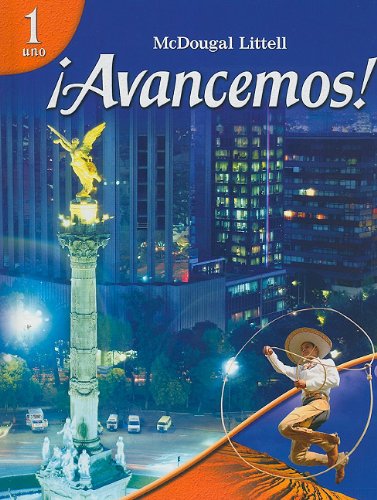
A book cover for Avancemos: Level 1; MCDOUGAL LITTEL; Reference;